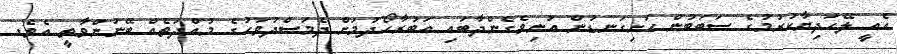
އެއީ ލޭހަދިޔާކުރުމުގެ ސަބަބުން ހަށިގަނޑުން އުނިވެގެންދާބައި އަބުރާހޯދުމަށް ދެމަސްދުވަހުގެ މުއްދަތެއް ބޭނުންވާތީ އެވެ.